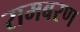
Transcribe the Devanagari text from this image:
रामबरण